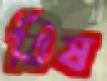
বিষ